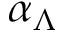
\alpha _ { \Lambda }